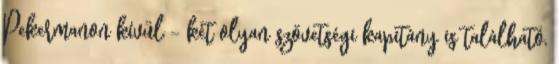
Pekermanon kívül - két olyan szövetségi kapitány is található,